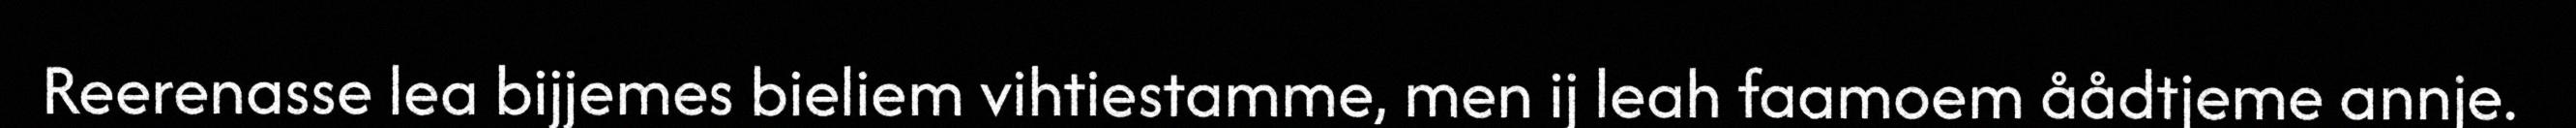
Reerenasse lea bijjemes bieliem vihtiestamme, men ij leah faamoem åådtjeme annje.